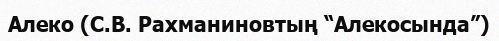
Алеко (С.В. Рахманиновтың “Алекосында”)